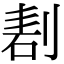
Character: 剨